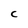
Character: C